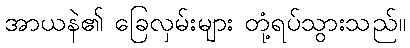
အာယနဲ၏ ခြေလှမ်းများ တုံ့ရပ်သွားသည်။